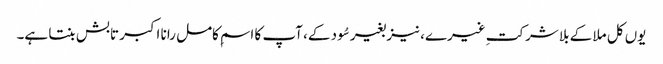
یوں کل ملا کے بلا شرکتِ غیرے، نیز بغیر سُود کے، آپ کا اسمِ کامل رانا اکبر تابش بنتا ہے۔